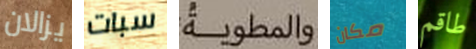
يزالان سبات والمطوية مكان طاقم